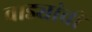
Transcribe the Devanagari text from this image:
वाड्यांची